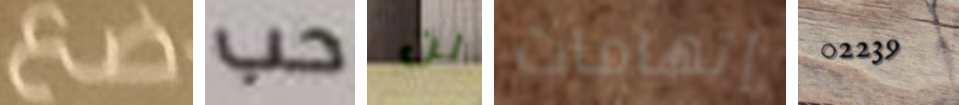
ضع حب لن إتهامات 02239